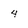
Character: 4